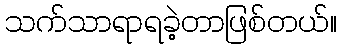
သက်သာရာရခဲ့တာဖြစ်တယ်။